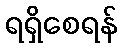
ရရှိစေရန်